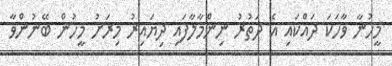
މީހުނާ ވާހަކަ ދައްކައި އެ ދަތުރު ނިންމާލާފައި ދިޔައިރު މިރަށު މީހުން ބޭނުންވާ